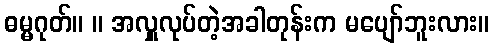
ဓမ္မဂုတ်။ ။ အလှူလုပ်တဲ့အခါတုန်းက မပျော်ဘူးလား။